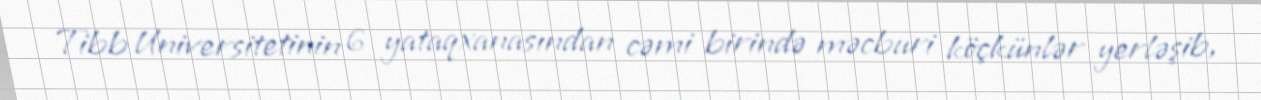
Tibb Universitetinin 6 yataqxanasından cəmi birində məcburi köçkünlər yerləşib,